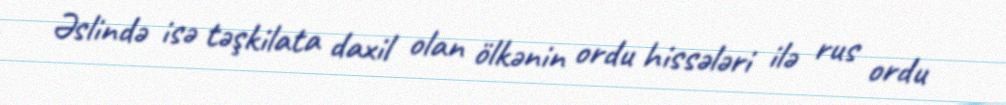
Əslində isə təşkilata daxil olan ölkənin ordu hissələri ilə rus ordu